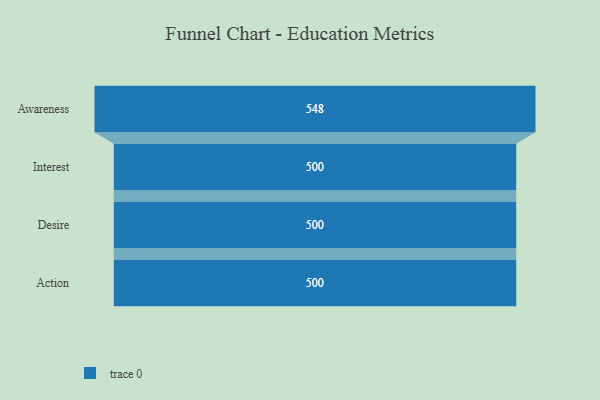
{"axis": {"x": "Stage", "y": "Value"}, "legend": [""], "data": [{"x": "Awareness", "y": 548.0, "type": ""}, {"x": "Interest", "y": 500, "type": ""}, {"x": "Desire", "y": 500, "type": ""}, {"x": "Action", "y": 500, "type": ""}]}